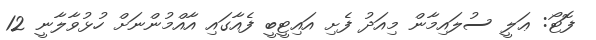
ފޮޓޯ: ޢަލީ ސުލައިމާން މިއަދު ފެށި އައިޓީބީ ފެއާގައި އާއްމުންނަށް ހުޅުވާލާނީ 12